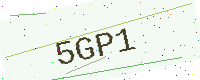
Text: 5GP1